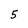
Character: 5